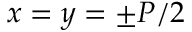
x = y = \pm P / 2